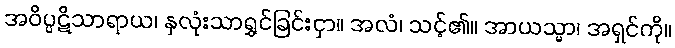
အဝိပ္ပဋိသာရာယ၊ နှလုံးသာရွှင်ခြင်းငှာ။ အလံ၊ သင့်၏။ အာယသ္မာ၊ အရှင်ကို။